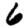
Digit: 6